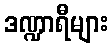
ဒဏ္ဍာရီများ